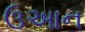
ઉઆન